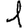
Digit: 1